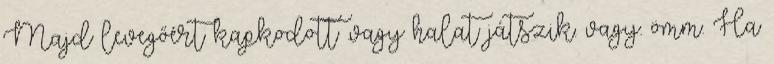
Majd levegőért kapkodott .vagy halat játszik. vagy. ömm. Ha